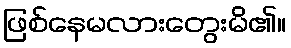
ဖြစ်နေမလားတွေးမိ၏။